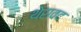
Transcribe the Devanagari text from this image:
थेरावद